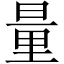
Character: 量